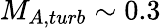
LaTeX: M_{A,turb}\sim 0.3